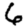
Digit: 6